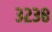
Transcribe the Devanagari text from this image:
३२३८